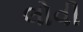
લોવી